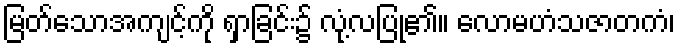
မြတ်သောအကျင့်ကို ရှာခြင်း၌ လုံ့လပြု၏။ လောမဟံသဇာတကံ၊